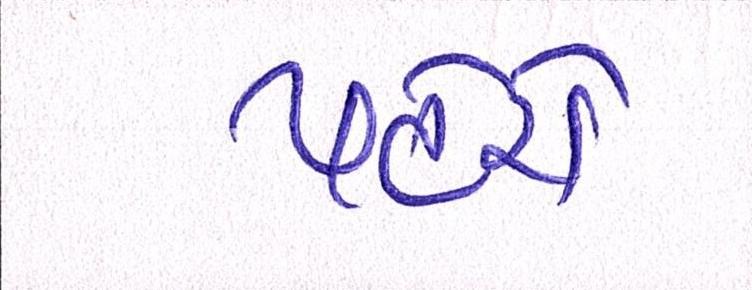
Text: પહેરો